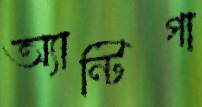
অ্যান্টিগা